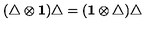
( \triangle \otimes { \bf 1 } ) \triangle = ( { \bf 1 } \otimes \triangle ) \triangle